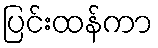
ပြင်းထန်ကာ